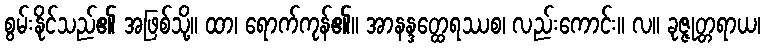
စွမ်းနိုင်သည်၏ အဖြစ်သို့။ ထာ၊ ရောက်ကုန်၏။ အာနန္ဒတ္ထေရဿစ၊ လည်းကောင်း။ လ။ ခုဇ္ဇုတ္တရာယ၊